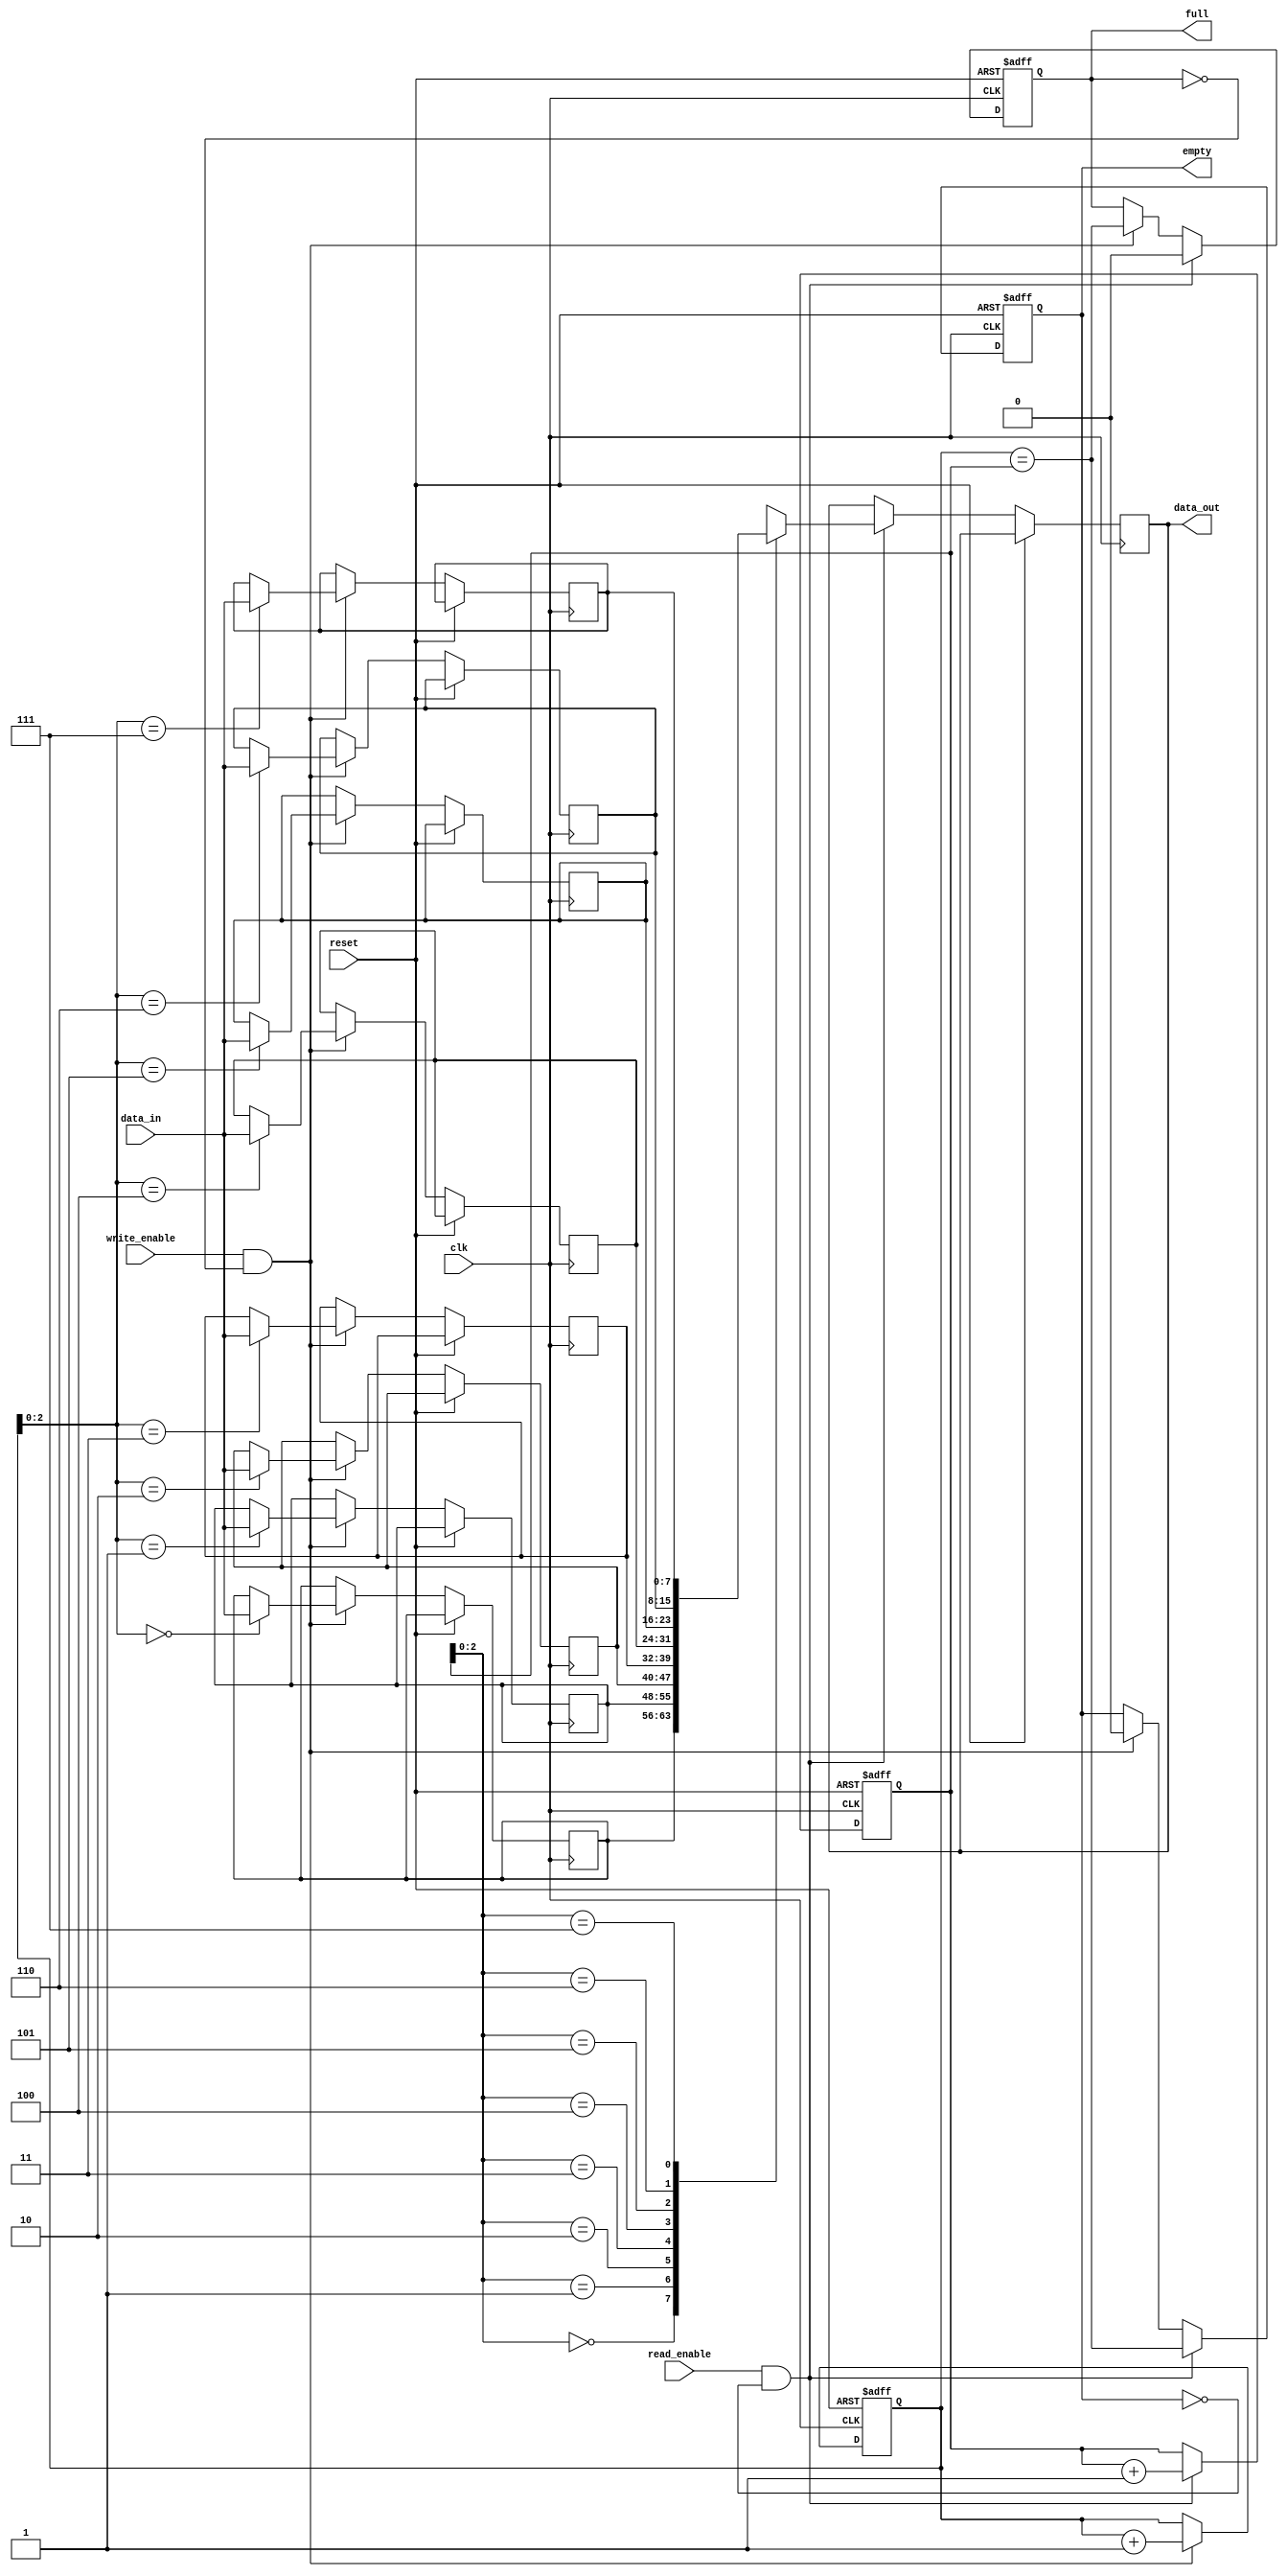
module synchronous_fifo (
  input clk,
  input reset,
  input write_enable,
  input read_enable,
  input [7:0] data_in,
  output reg [7:0] data_out,
  output reg full,
  output reg empty
);

reg [7:0] memory [7:0];
reg [3:0] write_pointer;
reg [3:0] read_pointer;

always @(posedge clk or posedge reset) begin
  if (reset) begin
    write_pointer <= 0;
    read_pointer <= 0;
    full <= 0;
    empty <= 1;
  end else begin
    if (write_enable && !full) begin
      memory[write_pointer] <= data_in;
      write_pointer <= write_pointer + 1;
      full <= (write_pointer == read_pointer);
      empty <= 0;
    end
    if (read_enable && !empty) begin
      data_out <= memory[read_pointer];
      read_pointer <= read_pointer + 1;
      empty <= (write_pointer == read_pointer);
      full <= 0;
    end
  end
end

endmodule